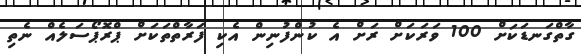
ގާތްގަނޑަކަށް 100 ވަރަކަށް ރަށް އެ ކުންފުނިން އެކި ފަރާތްތަކަށް ޕްރޮޕޯސަލެއް ނެތި